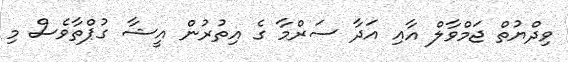
ވިދްޔުތް ޖަމްވާލް އާއި އަދާ ސަރްމާ ގެ އިތުރުން އީޝާ ގުޕްތާވެސް މި